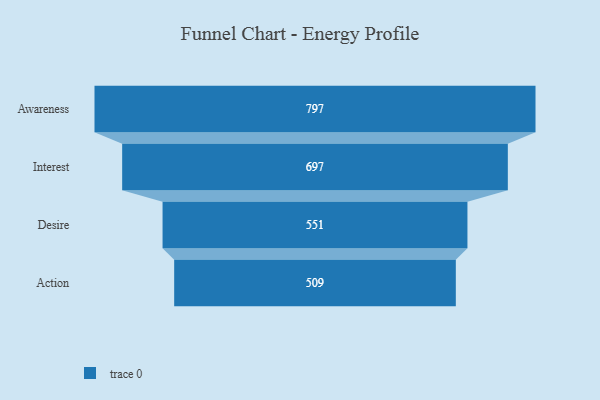
{"axis": {"x": "Stage", "y": "Value"}, "legend": [""], "data": [{"x": "Awareness", "y": 797.0, "type": ""}, {"x": "Interest", "y": 697.0, "type": ""}, {"x": "Desire", "y": 551.0, "type": ""}, {"x": "Action", "y": 509.0, "type": ""}]}